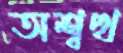
অশ্বত্থ